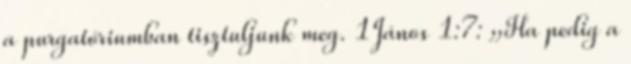
a purgatóriumban tisztuljunk meg. 1János 1:7: „Ha pedig a